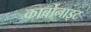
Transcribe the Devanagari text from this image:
कार्बोनाइट